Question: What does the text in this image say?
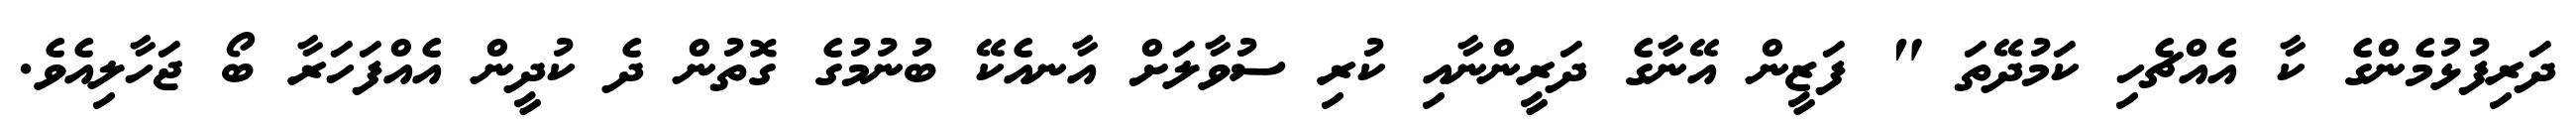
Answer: ދަރިފުޅުމެންގެ ކާ އެއްޗެހި ކަމުދޭތަ " ފަޒީން އޭނާގެ ދަރީންނާއި ކުރި ސުވާލަށް އާނއެކޭ ބުނުމުގެ ގޮތުން ދެ ކުދީން އެއްފަހަރާ ބޯ ޖަހާލިއެވެ.